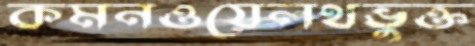
কমনওয়েলথভুক্ত